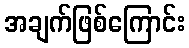
အချက်ဖြစ်ကြောင်း